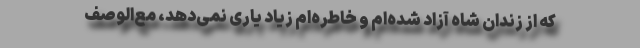
كه از زندان شاه آزاد شده‌ام و خاطره‌ام زیاد یاری نمی‌دهد، مع‌الوصف